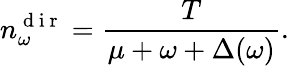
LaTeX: n_{\omega}^{\mathrm{~d~i~r~}}=\frac{T}{\mu+\omega+\Delta(\omega)}.